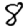
Digit: 8